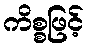
ကိစ္စဖြင့်